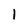
Character: 1